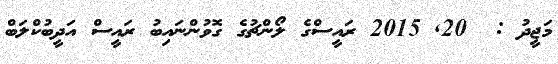
މަޖީދު :  20